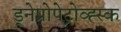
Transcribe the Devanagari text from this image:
ड्नेप्रोपेट्रोव्ह्स्क